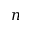
n